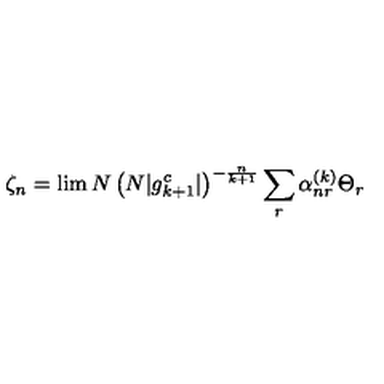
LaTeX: \zeta _ { n } = \lim N \left( N | g _ { k + 1 } ^ { c } | \right) ^ { - \frac { n } { k + 1 } } \sum _ { r } \alpha _ { n r } ^ { ( k ) } \Theta _ { r }